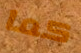
كما